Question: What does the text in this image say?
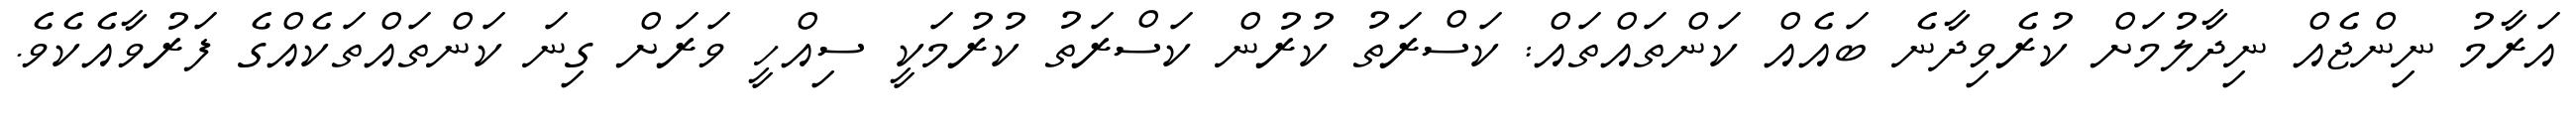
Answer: އަރާމު ނިންޖެއް ނިދާލުމަށް ކުރެވިދާނެ ބައެއް ކަންތައްތައް: ކަސްރަތު ކުރުން ކަސްރަތު ކުރުމަކީ ސިއްހީ ވަރަށް ގިނަ ކަންތައްތަކެއްގެ ފަރުވާއެކެވެ.